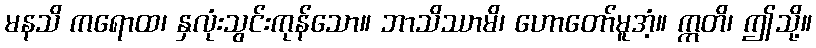
မနသိ ကရောထ၊ နှလုံးသွင်းကုန်သော။ ဘာသိဿာမိ၊ ဟောတော်မူအံ့။ ဣတိ၊ ဤသို့။